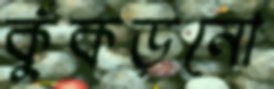
কুঁকড়নো